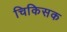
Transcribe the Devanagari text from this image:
चिकिसक